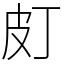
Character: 𤿆